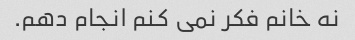
نه خانم فکر نمی کنم انجام دهم.